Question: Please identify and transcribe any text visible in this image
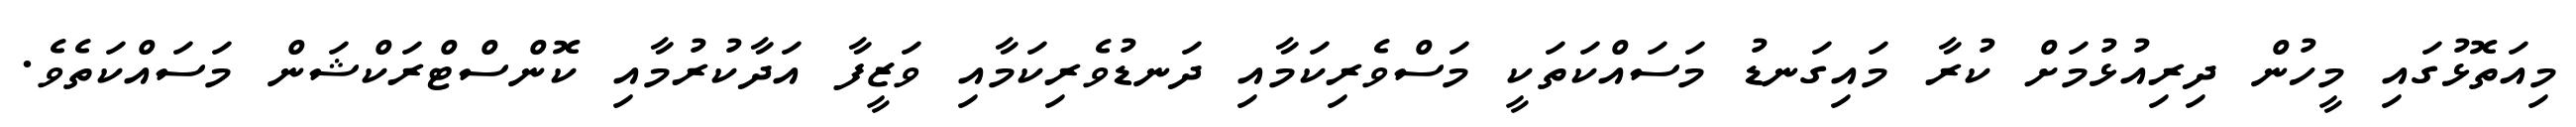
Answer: މިއަތޮޅުގައި މީހުން ދިރިއުޅުމަށް ކުރާ މައިގަނޑު މަސައްކަތަކީ މަސްވެރިކަމާއި ދަނޑުވެރިކަމާއި ވަޒީފާ އަދާކުރުމާއި ކޮންސްޓްރަކްޝަން މަސައްކަތެވެ.